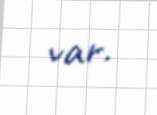
var.